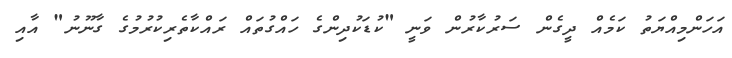
އަހަންމިއްޔަތު ކަމެއް ދީގެން ސަރުކާރުން ވަނީ "ކުޑަކުދިންގެ ހައްގުތައް ރައްކާތެރިކުރުމުގެ ގާނޫނު" އާއި